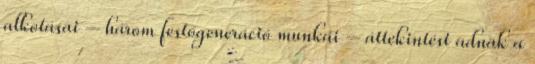
alkotásai – három festőgeneráció munkái – áttekintést adnak a